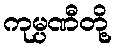
ကုမ္ပဏီတို့